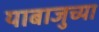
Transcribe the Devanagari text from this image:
याबाजुच्या